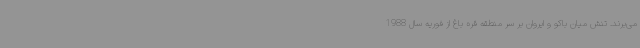
می‌برند. تنش میان باکو و ایروان بر سر منطقه قره باغ از فوریه سال 1988